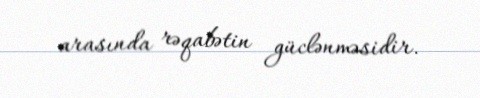
arasında rəqabətin güclənməsidir.